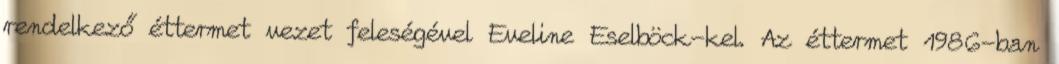
rendelkező éttermet vezet feleségével Eveline Eselböck-kel. Az éttermet 1986-ban